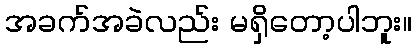
အခက်အခဲလည်း မရှိတော့ပါဘူး။